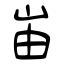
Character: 峀